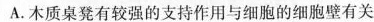
A.木质桌凳有较强的支持作用与细胞的细胞壁有关